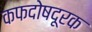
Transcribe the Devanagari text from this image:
कफदोषदूरक